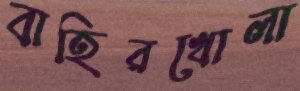
বাহিরখোলা